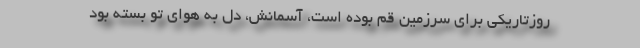
روزتاریکی برای سرزمین قم بوده است، آسمانش، دل به هوای تو بسته بود